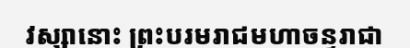
វស្សានោះ ព្រះបរមរាជមហាចន្ទរាជា